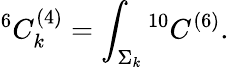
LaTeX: {}^{6}C_{k}^{(4)}=\int_{\Sigma_{k}}{}^{10}C^{(6)}.